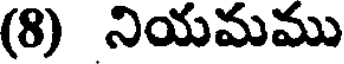
(8) నియమము